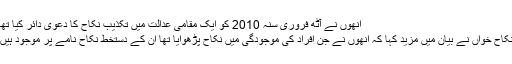
اُنھوں نے آٹھ فروری سنہ 2010 کو ایک مقامی عدالت میں تکذیب نکاح کا دعوی دائر کیا تھا
نکاح خواں نے بیان میں مزید کہا کہ انھوں نے جن افراد کی موجودگی میں نکاح پڑھوایا تھا ان کے دستخط نکاح نامے پر موجود ہیں۔